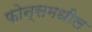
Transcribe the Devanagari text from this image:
फोन्समधील